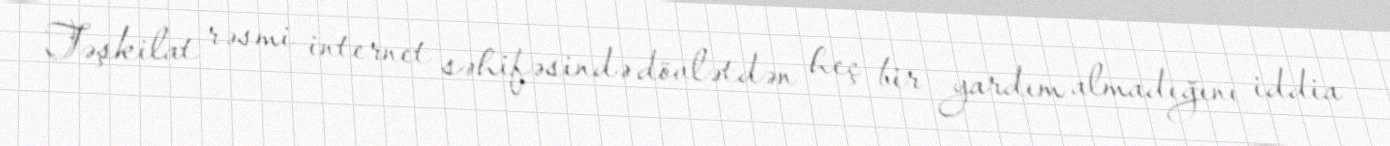
Təşkilat rəsmi internet səhifəsində dövlətdən heç bir yardım almadığını iddia